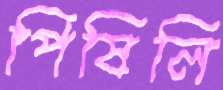
পিষিলি